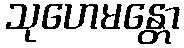
သုဟေမန္တော